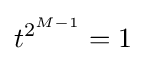
t^{2^{M-1}}=1